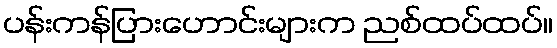
ပန်းကန်ပြားဟောင်းများက ညစ်ထပ်ထပ်။